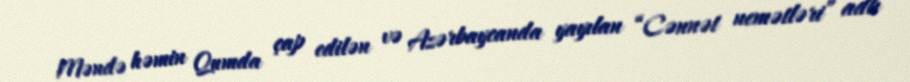
Məndə həmin Qumda çap edilən və Azərbaycanda yayılan “Cənnət nemətləri” adlı